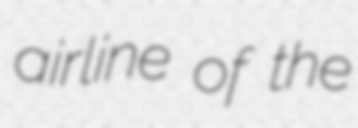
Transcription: airline of the